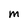
Character: M